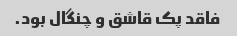
فاقد پک قاشق و چنگال بود.